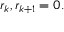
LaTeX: r _ { k } , r _ { k + 1 } = 0 .